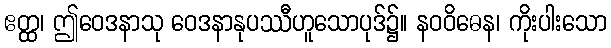
ဧတ္ထ၊ ဤဝေဒနာသု ဝေဒနာနုပဿီဟူသောပုဒ်၌။ နဝဝိဓေန၊ ကိုးပါးသော